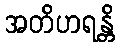
အတိဟရန္တိ